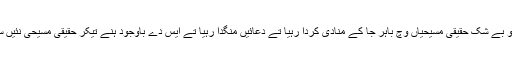
‘‘ اُو بے شک حقیقی مسیحیاں وِچ باہر جا کے منادی کردا رہیا تے دعائیں منگدا رہیا تے ایس دے باوجود ہُنے تیکر حقیقی مسیحی نئیں سی۔